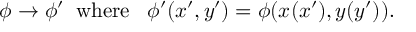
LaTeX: \phi \rightarrow \phi ^ { \prime } \; \; \mathrm { w h e r e } \; \; \; \phi ^ { \prime } ( x ^ { \prime } , y ^ { \prime } ) = \phi ( x ( x ^ { \prime } ) , y ( y ^ { \prime } ) ) .